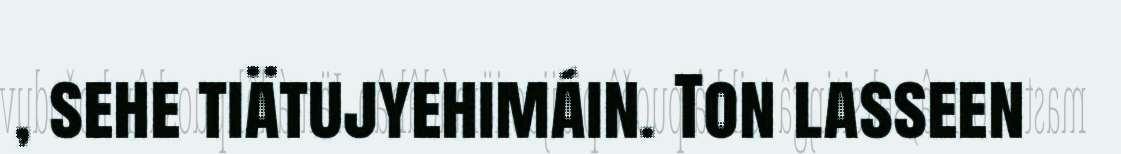
, sehe tiätujyehimáin. Ton lasseen